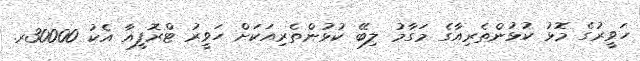
ހަވީރުގެ މޮޅު ކުޅުންތެރިއާގެ މަގާމު ލިބޭ ކުޅުންތެރިއަކަށް ހަވީރު ޓްރޮފީއާ އެކު 30000ރ.